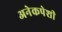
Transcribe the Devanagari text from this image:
अनेकपेशी